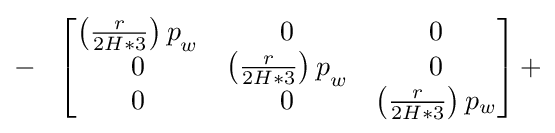
-\ \ \left[{\begin{matrix}{\left({\frac {r}{2H\ast 3}}\right)p}_{w}&0&0\\0&{\left({\frac {r}{2H\ast 3}}\right)p}_{w}&0\\0&0&\left({\frac {r}{2H\ast 3}}\right)p_{w}\\\end{matrix}}\right]+